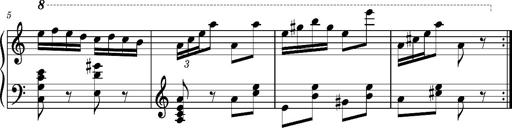
Title: Ungarischer Romanzero
Composer: Franz Liszt